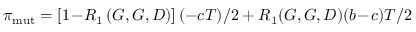
\pi _ { \mathrm { m u t } } = \left[ 1 \! - \! R _ { 1 } \left( G , G , D \right) \right] ( - c T ) / 2 + R _ { 1 } ( G , G , D ) ( b \! - \! c ) T / 2